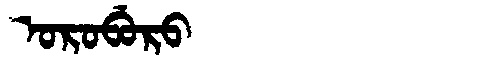
Manchu: ᠣᡵᠣᠪᡠᡵᠣ
Romanization: OROBURO